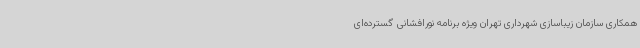
همکاری سازمان زیباسازی شهرداری تهران ویژه برنامه نورافشانی گسترده‌ای